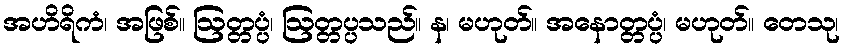
အဟိရိကံ၊ အဖြစ်။ ဩတ္တပ္ပံ၊ ဩတ္တပ္ပသည်။ န၊ မဟုတ်။ အနောတ္တပ္ပံ၊ မဟုတ်။ တေသု၊